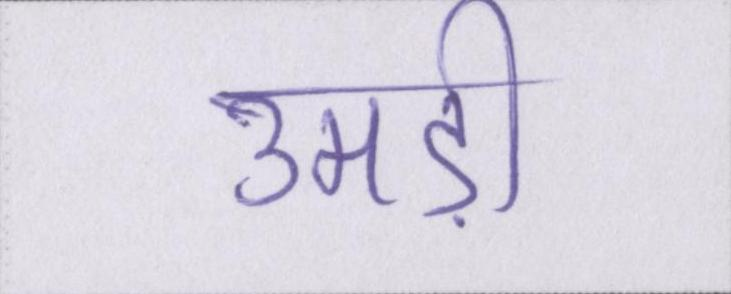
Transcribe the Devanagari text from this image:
उमड़ी